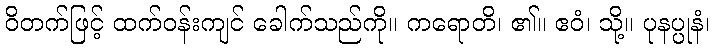
ဝိတက်ဖြင့် ထက်ဝန်းကျင် ခေါက်သည်ကို။ ကရောတိ၊ ၏။ ဧဝံ၊ သို့။ ပုနပ္ပုနံ၊